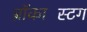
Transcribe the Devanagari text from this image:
ब्रॉकास्टिंग